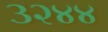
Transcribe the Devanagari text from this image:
३२४४